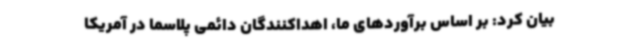
بیان کرد: بر اساس برآوردهای ما، اهداکنندگان دائمی پلاسما در آمریکا